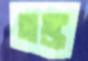
তঙ্ক